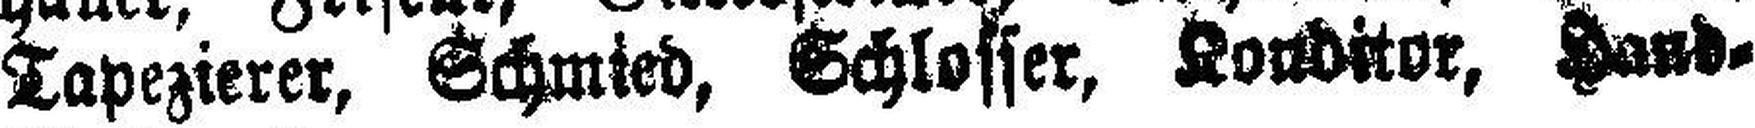
Tapezierer, Schmied, Schlosser, Konditor, Hand¬